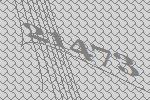
21473